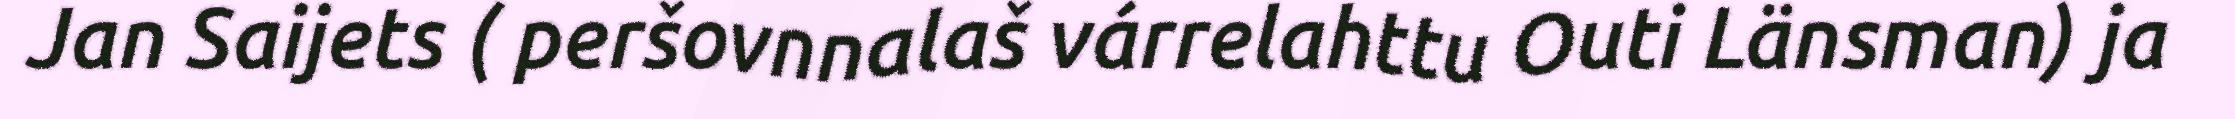
Jan Saijets ( peršovnnalaš várrelahttu Outi Länsman) ja